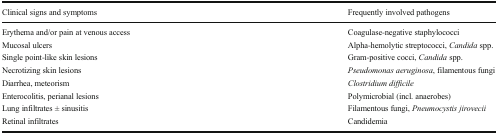
<table><thead><tr><td><b>Clinical signs and symptoms</b></td><td><b>Frequently involved pathogens</b></td></tr></thead><tbody><tr><td>Erythema and/or pain at venous access</td><td>Coagulase-negative staphylococci</td></tr><tr><td>Mucosal ulcers</td><td>Alpha-hemolytic streptococci, <i>Candida</i> spp.</td></tr><tr><td>Single point-like skin lesions</td><td>Gram-positive cocci, <i>Candida</i> spp.</td></tr><tr><td>Necrotizing skin lesions</td><td><i>Pseudomonas aeruginosa</i>, filamentous fungi</td></tr><tr><td>Diarrhea, meteorism</td><td><i>Clostridium difficile</i></td></tr><tr><td>Enterocolitis, perianal lesions</td><td>Polymicrobial (incl. anaerobes)</td></tr><tr><td>Lung infiltrates ± sinusitis</td><td>Filamentous fungi, <i>Pneumocystis jirovecii</i></td></tr><tr><td>Retinal infiltrates</td><td>Candidemia</td></tr></tbody></table>